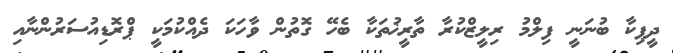
ދީޕިކާ ބުނަނީ ފިލްމު ރިލީޒްކުރާ ތާރީޚުތަކާ ބެހޭ ގޮތުން ވާހަކަ ދެއްކުމަކީ ޕްރޮޑިއުސަރުންނާއި